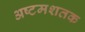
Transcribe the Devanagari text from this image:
अष्टमशतक